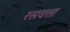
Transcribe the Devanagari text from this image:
रसवत्ता